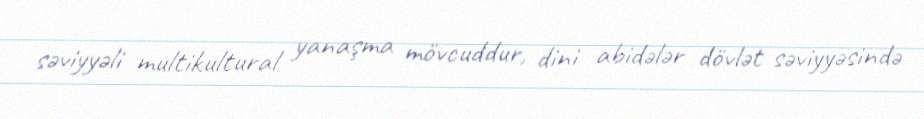
səviyyəli multikultural yanaşma mövcuddur, dini abidələr dövlət səviyyəsində